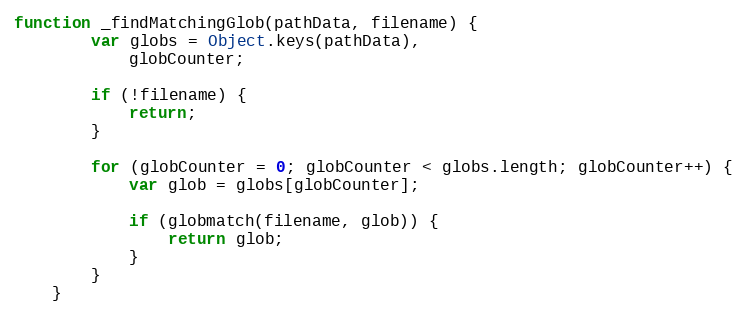
Language: JavaScript
function _findMatchingGlob(pathData, filename) {
        var globs = Object.keys(pathData),
            globCounter;

        if (!filename) {
            return;
        }

        for (globCounter = 0; globCounter < globs.length; globCounter++) {
            var glob = globs[globCounter];

            if (globmatch(filename, glob)) {
                return glob;
            }
        }
    }